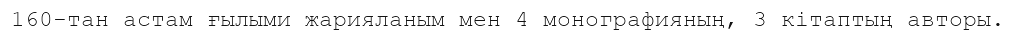
160-тан астам ғылыми жарияланым мен 4 монографияның, 3 кітаптың авторы.